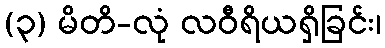
(၃) မိတိ-လုံ လဝီရိယရှိခြင်း၊